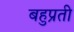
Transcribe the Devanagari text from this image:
बहुप्रती